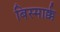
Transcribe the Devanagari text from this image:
बिस्मार्क्क